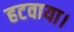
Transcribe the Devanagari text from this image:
हटवाया।